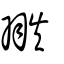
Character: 翐